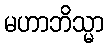
မဟာဘိသ္မာ